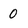
Character: 0